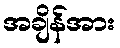
အချိန်အား